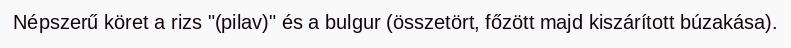
Népszerű köret a rizs "(pilav)" és a bulgur (összetört, főzött majd kiszárított búzakása).